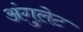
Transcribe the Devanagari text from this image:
अंगुलेट